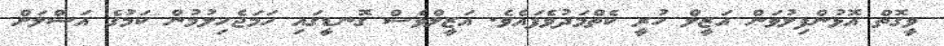
ވީގޮތް އޮޅުންފިލުވަން އަޒީލް ހުރީ ކެތްމަދުވެފައެވެ. އަޒީލްވެސް ގޮނޑީގައި ހަމަޖެހިލުމުން ކަމުގެ އަސްލަށް